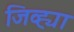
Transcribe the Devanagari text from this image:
जिव्ह्या